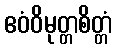
ဧဝံဝိမုတ္တစိတ္တံ